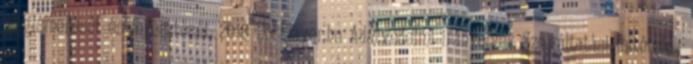
megismerését és fejlesztését, 2018 DocPlayer.hu Adatvédelmi irányelvek Szolgáltatási feltételek